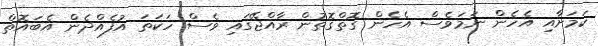
ކަމަށާއި އެހެން ނަމަވެސް އެހެން ގޮތްގޮތުން ރާއްޖޭގައި ވެސް ހަކަތަ އުފެއްދެން އެބައޮތް